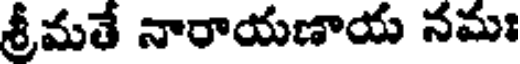
శ్రీమతే నారాయణాయ నమః